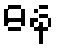
ဓန